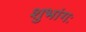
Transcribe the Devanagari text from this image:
शुभांगः